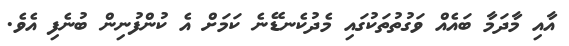
އާއި މާދަމާ ބައެއް ވަގުތުތަކުގައި މެދުކެނޑޭނެ ކަމަށް އެ ކުންފުނިން ބުނެފި އެވެ.